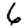
Digit: 6